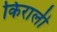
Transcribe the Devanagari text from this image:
किराली